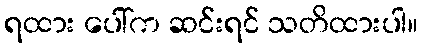
ရထား ပေါ်က ဆင်းရင် သတိထားပါ။